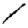
Digit: 1